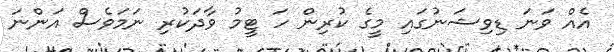
އެއް ވަނަ ޑިވިޝަނުގައި މީގެ ކުރިން ހަ ޓީމު ވާދަކުރި ނަމަވެސް އަންނަ